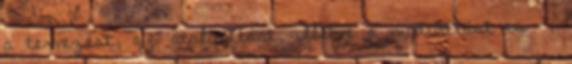
a tervezést, az átalakítást, illetve a módosítást is -,